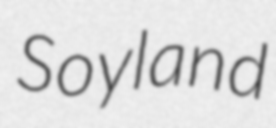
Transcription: Soyland